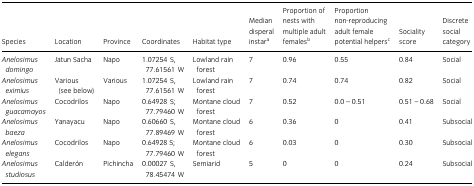
| Species | Location | Province | Coordinates | Habitat type | Median disperal instara | Proportion of nests with multiple adult femalesb | Proportion non-reproducing adult female potential helpersc | Sociality score | Discrete social category |
 | --- | --- | --- | --- | --- | --- | --- | --- | --- | --- |
 | Anelosimus domingo | Jatun Sacha | Napo | 1.07254 S, 77.61561 W | Lowland rain forest | 7 | 0.96 | 0.55 | 0.84 | Social |
 | Anelosimus eximius | Various (see below) | Various | 1.07254 S, 77.61561 W | Lowland rain forest | 7 | 0.74 | 0.74 | 0.82 | Social |
 | Anelosimus guacamayos | Cocodrilos | Napo | 0.64928 S; 77.79460 W | Montane cloud forest | 7 | 0.52 | 0.0 – 0.51 | 0.51 – 0.68 | Social |
 | Anelosimus baeza | Yanayacu | Napo | 0.60660 S, 77.89469 W | Montane cloud forest | 6 | 0.36 | 0 | 0.41 | Subsocial |
 | Anelosimus elegans | Cocodrilos | Napo | 0.64928 S; 77.79460 W | Montane cloud forest | 6 | 0.03 | 0 | 0.30 | Subsocial |
 | Anelosimus studiosus | Calderón | Pichincha | 0.00027 S, 78.45474 W | Semiarid | 5 | 0 | 0 | 0.24 | Subsocial |